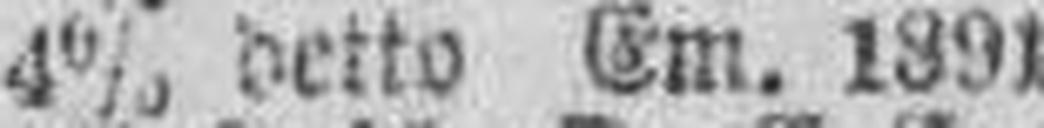
4% detto Em. 1891